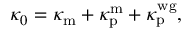
\kappa _ { 0 } = \kappa _ { \mathrm { m } } + \kappa _ { \mathrm { p } } ^ { \mathrm { m } } + \kappa _ { \mathrm { p } } ^ { \mathrm { w g } } ,